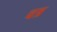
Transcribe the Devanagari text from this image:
चत्र